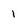
Character: 1